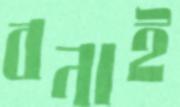
বনাই